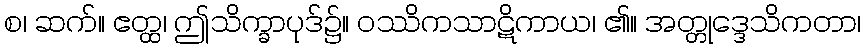
စ၊ ဆက်။ ဧတ္ထ၊ ဤသိက္ခာပုဒ်၌။ ဝဿိကသာဋိကာယ၊ ၏။ အတ္တုဒ္ဒေသိကတာ၊